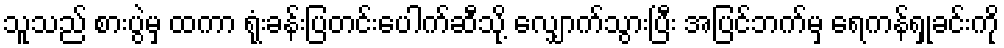
သူသည် စားပွဲမှ ထကာ ရုံးခန်းပြတင်းပေါက်ဆီသို့ လျှောက်သွားပြီး အပြင်ဘက်မှ ရေကန်ရှုခင်းကို